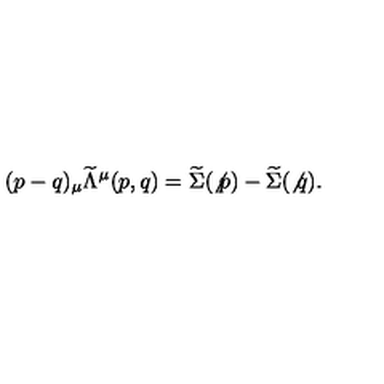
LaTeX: ( p - q ) _ { \mu } { \widetilde { \Lambda } } ^ { \mu } ( p , q ) = \widetilde { \Sigma } ( \not { p } ) - \widetilde { \Sigma } ( \not { q } ) .